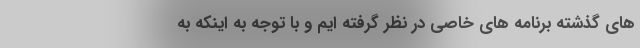
های گذشته برنامه های خاصی در نظر گرفته ایم و با توجه به اینکه به